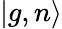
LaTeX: \left|g,n\right\rangle